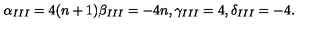
\alpha _ { I I I } = 4 ( n + 1 ) \beta _ { I I I } = - 4 n , \gamma _ { I I I } = 4 , \delta _ { I I I } = - 4 .